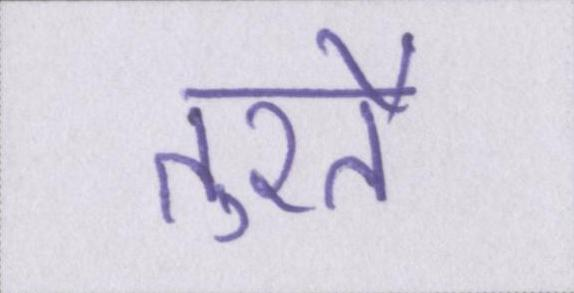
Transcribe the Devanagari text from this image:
तुरतै